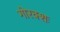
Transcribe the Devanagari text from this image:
गोरक्शः